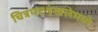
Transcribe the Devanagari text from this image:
चित्रपटशृंखलेमध्ये